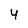
Character: 4